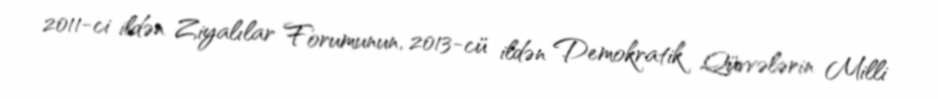
2011-ci ildən Ziyalılar Forumunun, 2013-cü ildən Demokratik Qüvvələrin Milli